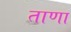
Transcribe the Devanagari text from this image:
ताणा